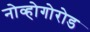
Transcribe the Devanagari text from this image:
नोव्होगोरोड